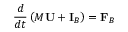
\frac { d } { d t } \left( M \mathbf { U } + \mathbf { I } _ { B } \right) = \mathbf { F } _ { B }